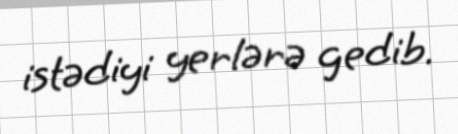
istədiyi yerlərə gedib.